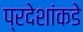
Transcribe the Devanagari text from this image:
प्रदेशांकडे